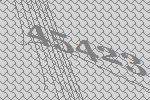
45423